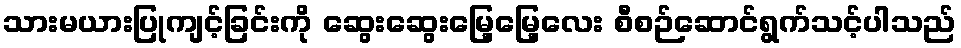
သားမယားပြုကျင့်ခြင်းကို ဆွေးဆွေးမြေ့မြေ့လေး စီစဉ်ဆောင်ရွက်သင့်ပါသည်